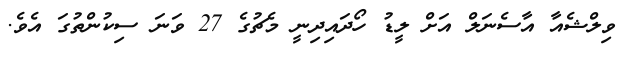
ވިލްޝެއާ އާސެނަލް އަށް ލީޑު ހޯދައިދިނީ މެޗުގެ 27 ވަނަ ސިކުންތުގަ އެވެ.